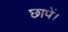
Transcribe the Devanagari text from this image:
छापें।